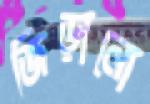
জিড়ানো